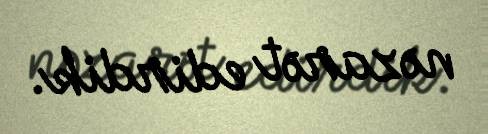
nəzarət edirdik.